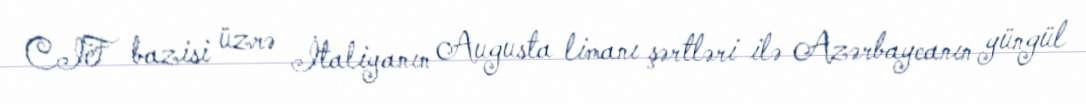
CIF bazisi üzrə İtaliyanın Augusta limanı şərtləri ilə Azərbaycanın yüngül